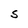
Character: s